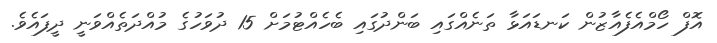
އޮފް ހޯމްއެފެއާޒުން ކަނޑައަޅާ ތަނެއްގައި ބަންދުގައި ބެހެއްޓުމަށް 15 ދުވަހުގެ މުއްދަތެއްވަނީ ދީފައެވެ.